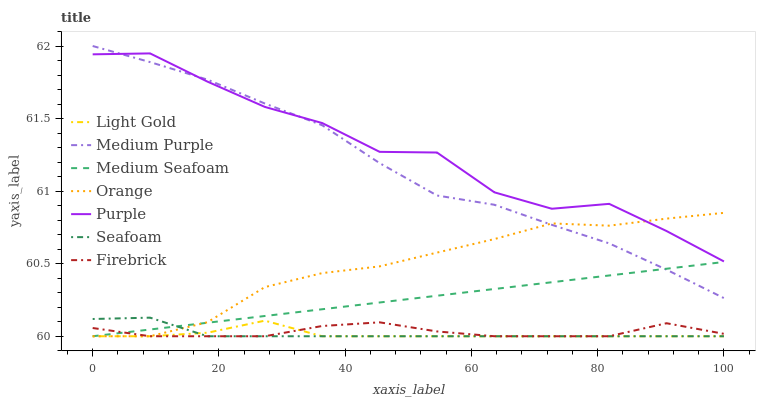
| xaxis_label | Light Gold | Medium Purple | Medium Seafoam | Orange | Purple | Seafoam | Firebrick |
 | --- | --- | --- | --- | --- | --- | --- | --- |
 | 0 | 60 | 62 | 60 | 60 | 61.9 | 60.1 | 60.1 |
 | 9.09 | 60 | 61.9 | 60 | 60 | 61.9 | 60.1 | 60 |
 | 18.2 | 60 | 61.8 | 60.1 | 60.1 | 61.8 | 60 | 60 |
 | 27.3 | 60.1 | 61.6 | 60.1 | 60.3 | 61.6 | 60 | 60 |
 | 36.4 | 60 | 61.5 | 60.2 | 60.4 | 61.5 | 60 | 60.1 |
 | 45.5 | 60 | 61.2 | 60.2 | 60.5 | 61.3 | 60 | 60.1 |
 | 54.5 | 60 | 61 | 60.3 | 60.6 | 61.3 | 60 | 60 |
 | 63.6 | 60 | 60.9 | 60.3 | 60.7 | 61 | 60 | 60 |
 | 72.7 | 60 | 60.8 | 60.4 | 60.8 | 60.9 | 60 | 60 |
 | 81.8 | 60 | 60.6 | 60.4 | 60.8 | 60.9 | 60 | 60 |
 | 90.9 | 60 | 60.5 | 60.5 | 60.8 | 60.7 | 60 | 60.1 |
 | 100 | 60 | 60.3 | 60.5 | 60.9 | 60.5 | 60 | 60 |